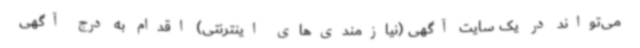
می‌تواند در یک سایت آگهی (نیازمندی‌های اینترنتی) اقدام به درج آگهی